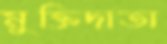
মুক্তিদাতা